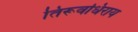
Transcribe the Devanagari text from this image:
तिरूवधिराय